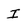
Character: I